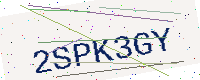
Text: 2SPK3GY